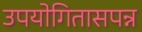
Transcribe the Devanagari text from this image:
उपयोगितासपन्न